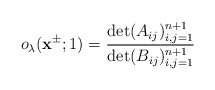
\begin{align*}o_\lambda(\mathbf{x}^{\pm};1)=\frac{\det(A_{ij})^{n+1}_{i,j=1}}{\det(B_{ij})^{n+1}_{i,j=1}}\end{align*}